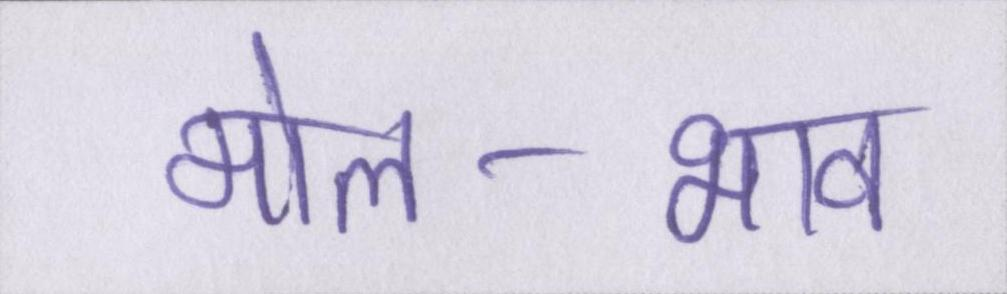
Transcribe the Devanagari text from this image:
मोल-भाव